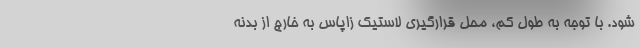
شود. با توجه به طول کم، محل قرارگیری لاستیک زاپاس به خارج از بدنه